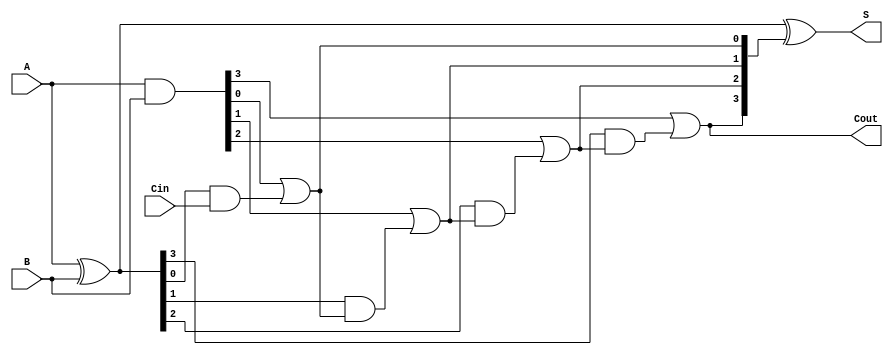
module VLCLA #(
    parameter WIDTH = 4
)(
    input [WIDTH-1:0] A,
    input [WIDTH-1:0] B,
    input Cin,
    output [WIDTH-1:0] S,
    output Cout
);

    // Generate and Propagate signals
    wire [WIDTH-1:0] G; // Generate
    wire [WIDTH-1:0] P; // Propagate
    wire [WIDTH:0] C;    // Carry signals

    // Compute Generate and Propagate
    assign G = A & B;          // Generate
    assign P = A ^ B;          // Propagate

    // Level 1 Carry Calculation
    assign C[0] = Cin; // Carry-in
    genvar i;
    generate
        for (i = 0; i < WIDTH; i = i + 1) begin : carry_calculation
            assign C[i+1] = G[i] | (P[i] & C[i]); // Carry generation
        end
    endgenerate

    // Sum Calculation
    assign S = P ^ C[WIDTH:1]; // S[i] = P[i] ^ C[i]

    // Carry-out signal
    assign Cout = C[WIDTH]; // Last carry out

endmodule